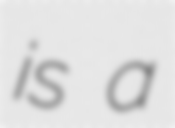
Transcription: is a